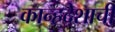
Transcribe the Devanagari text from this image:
कान्हदेशाची